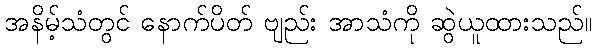
အနိမ့်သံတွင် နောက်ပိတ် ဗျည်း အာသံကို ဆွဲယူထားသည်။